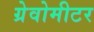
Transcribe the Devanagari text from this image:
ग्रेवोमीटर